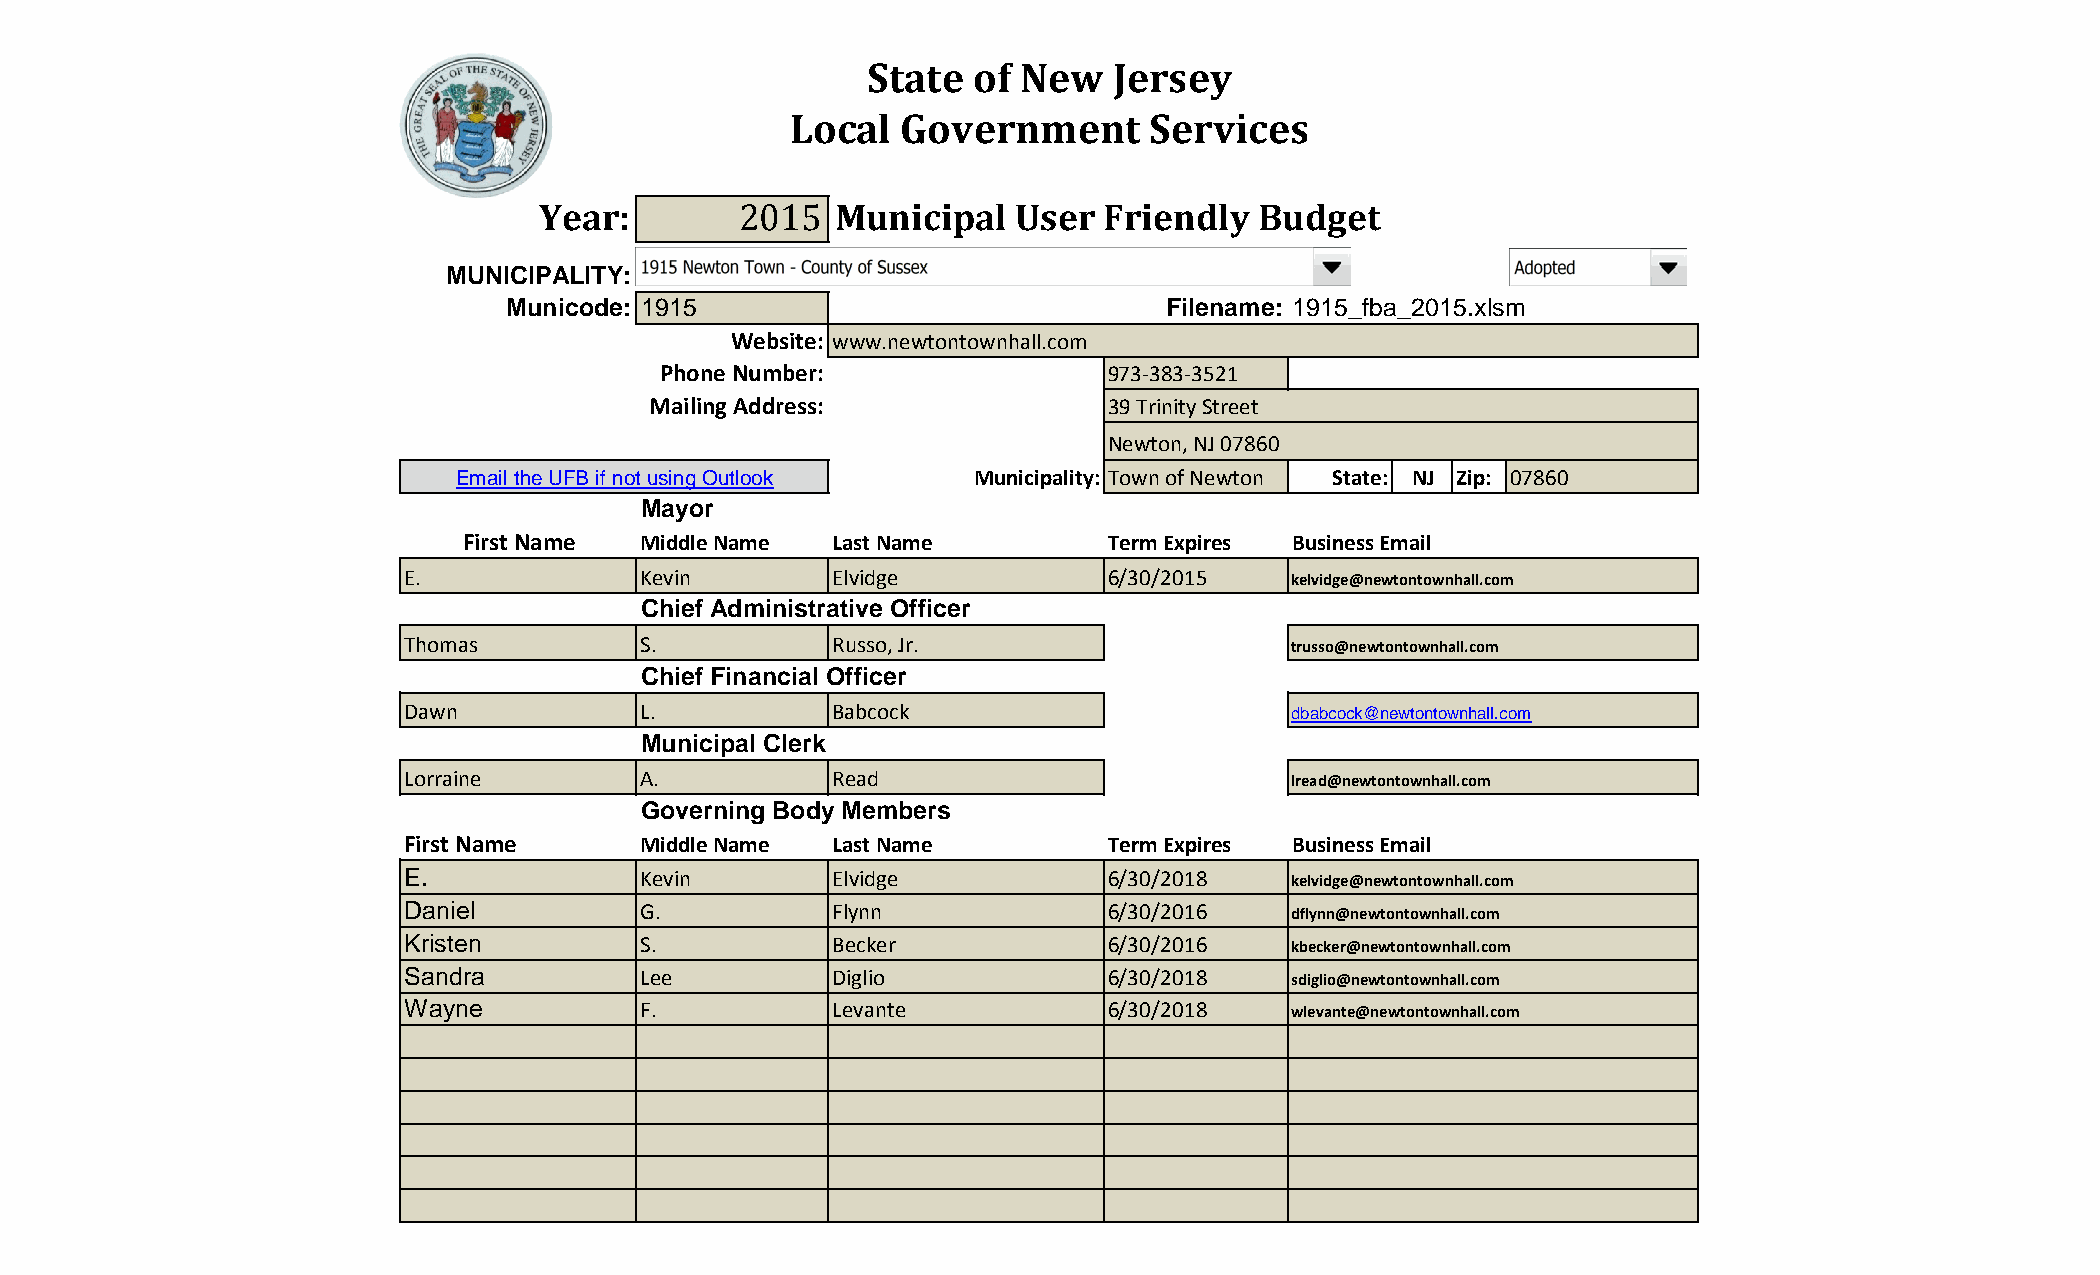
State  of New   Jersey
 Local  Government       Services
 Year:               Municipal   User  Friendly  Budget
 MUNICIPALITY: 533                                                           2
 2015
 Municode: 1915                              Filename: 1915_fba_2015.xlsm
 Website: www.newtontownhall.com
 Phone Number:                 973-383-3521
 Mailing Address:              39 Trinity Street
 Newton, NJ 07860
 Email the UFB if not using Outlook Municipality: Town of Newton State: NJ Zip: 07860
 Mayor
 First Name  Middle Name  Last Name         Term Expires Business Email
 E.              Kevin        Elvidge           6/30/2015   kelvidge@newtontownhall.com
 Chief Administrative Officer
 Thomas          S.           Russo, Jr.                    trusso@newtontownhall.com
 Chief Financial Officer
 Dawn            L.           Babcock                       dbabcock@newtontownhall.com
 Municipal Clerk
 Lorraine        A.           Read                          lread@newtontownhall.com
 Governing Body Members
 First Name      Middle Name  Last Name         Term Expires Business Email
 E.              Kevin        Elvidge           6/30/2018   kelvidge@newtontownhall.com
 Daniel          G.           Flynn             6/30/2016   dflynn@newtontownhall.com
 Kristen         S.           Becker            6/30/2016   kbecker@newtontownhall.com
 Sandra          Lee          Diglio            6/30/2018   sdiglio@newtontownhall.com
 Wayne           F.           Levante           6/30/2018   wlevante@newtontownhall.com